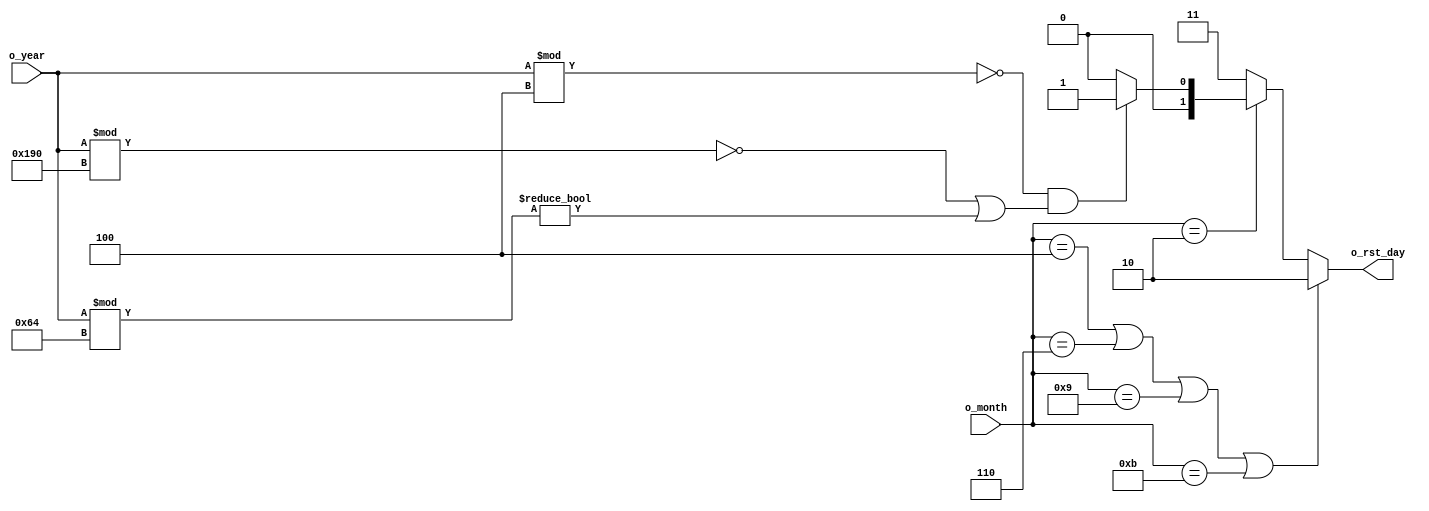
module day_detect (
    input  [ 3:0] o_month,
    input  [15:0] o_year,
    output [ 1:0] o_rst_day
);

  //Internal logic
  reg [1:0] rst_day;

  // 00:28; 01:29; 10:30; 11:31
  always @(*) begin
    if ((o_month == 4'd4) || (o_month == 4'd6) || (o_month == 4'd9) || (o_month == 4'd11)) begin
      rst_day <= 2'b10;
    end else if (o_month == 4'd2) begin
      if ((o_year % 4 == 0) && ((o_year % 400 == 0) || (o_year % 100 != 0))) begin
        rst_day <= 2'b01;
      end else begin
        rst_day <= 2'b00;
      end
    end else begin
      rst_day <= 2'b11;
    end
  end

  assign o_rst_day = rst_day;
endmodule